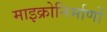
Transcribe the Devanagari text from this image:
माइक्रोनिर्माणों